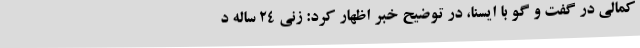
کمالی در گفت و گو با ایسنا، در توضیح خبر اظهار کرد: زنی ۲۴ ساله د